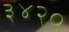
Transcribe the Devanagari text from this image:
३४२०